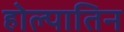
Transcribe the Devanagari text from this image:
होल्पातिन